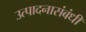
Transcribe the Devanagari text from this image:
उत्पादनासंबंधी